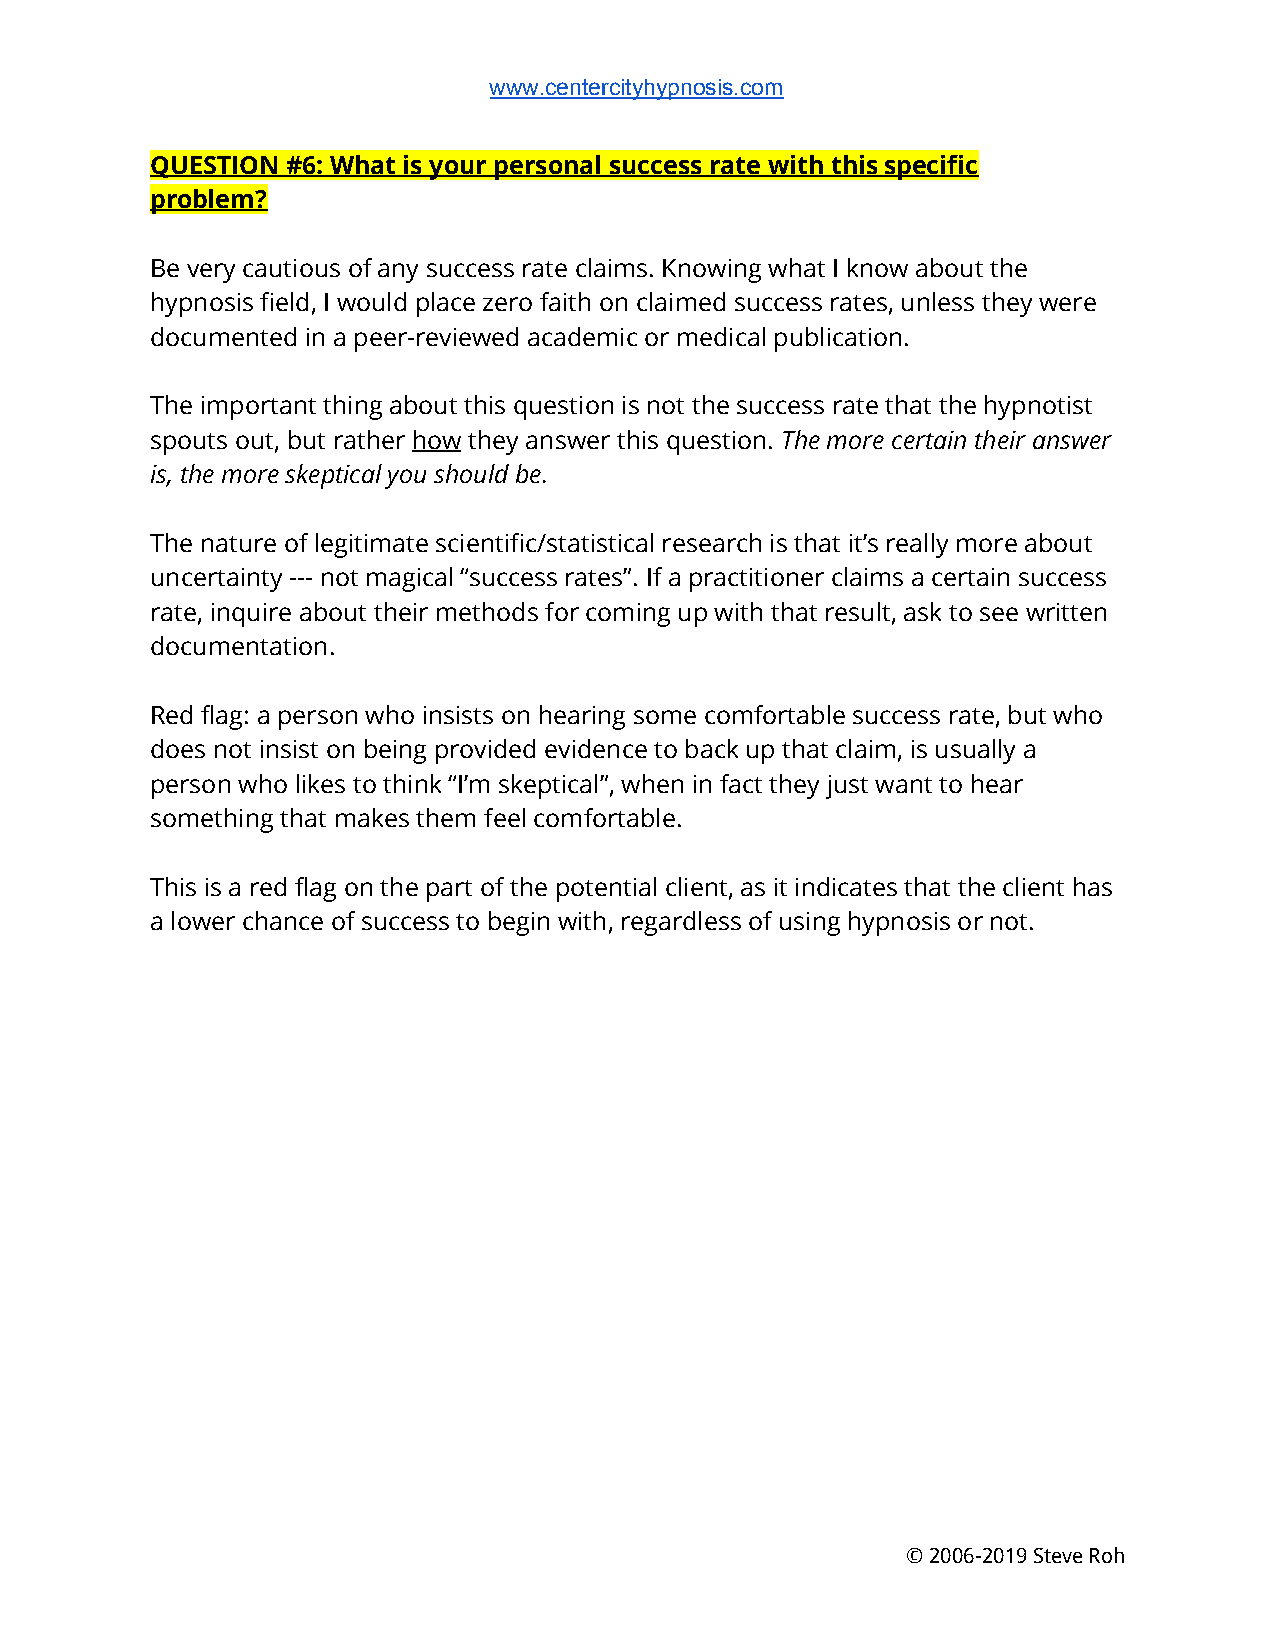
www.centercityhypnosis.com
 QUESTION #6: What is your personal success rate with this specific
 problem?
 Be very cautious of any success rate claims. Knowing what I know about the
 hypnosis field, I would place zero faith on claimed success rates, unless they were
 documented in a peer-reviewed academic or medical publication.
 The important thing about this question is not the success rate that the hypnotist
 spouts out, but rather h​ ow​ they answer this question. T​ he more certain their answer
 is, the more skeptical you should be.
 The nature of legitimate scientific/statistical research is that it’s really more about
 uncertainty --- not magical “success rates”. If a practitioner claims a certain success
 rate, inquire about their methods for coming up with that result, ask to see written
 documentation.
 Red flag: a person who insists on hearing some comfortable success rate, but who
 does not insist on being provided evidence to back up that claim, is usually a
 person who likes to think “I’m skeptical”, when in fact they just want to hear
 something that makes them feel comfortable.
 This is a red flag on the part of the potential client, as it indicates that the client has
 a lower chance of success to begin with, regardless of using hypnosis or not.
 © 2006-2019 Steve Roh